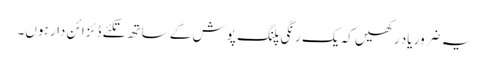
یہ ضرور یاد رکھیں کہ یک رنگی پلنگ پوش کے ساتھ تکئے ڈئزائن دار ہوں۔